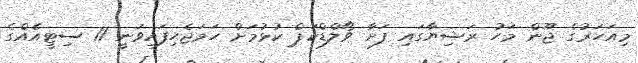
މިއަހަރުގެ ޖޫން މަހު ރަޝިޔާގައި ފަށާ ވޯލްޑްކަޕް ކުޅުމަށް ހަމަޖެހިފައިވަނީ 11 ސިޓީއެއްގެ